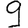
Digit: 9